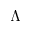
\Lambda